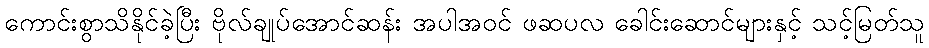
ကောင်းစွာသိနိုင်ခဲ့ပြီး ဗိုလ်ချုပ်အောင်ဆန်း အပါအဝင် ဖဆပလ ခေါင်းဆောင်များနှင့် သင့်မြတ်သူ